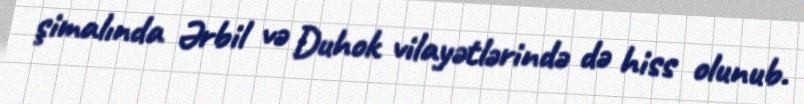
şimalında Ərbil və Duhok vilayətlərində də hiss olunub.